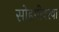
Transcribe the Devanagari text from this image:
सोहगीवरवा